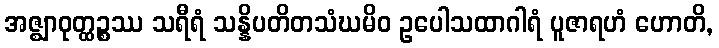
အဇ္ဈာဝုတ္ထဉ္စဿ သရီရံ သန္နိပတိတသံဃမိဝ ဥပေါသထာဂါရံ ပူဇာရဟံ ဟောတိ,